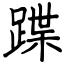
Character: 蹀